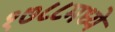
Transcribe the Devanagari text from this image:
१७८८मध्ये